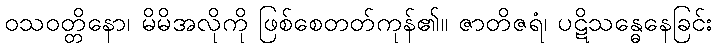
ဝသဝတ္တိနော၊ မိမိအလိုကို ဖြစ်စေတတ်ကုန်၏။ ဇာတိဇရံ၊ ပဋိသန္ဓေနေခြင်း